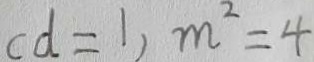
c d = 1 , m ^ { 2 } = 4